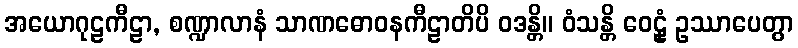
အယောဂုဠကီဠာ, စဏ္ဍာလာနံ သာဏဓောဝနကီဠာတိပိ ဝဒန္တိ။ ဝံသန္တိ ဝေဠုံ ဥဿာပေတွာ